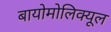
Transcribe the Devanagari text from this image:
बायोमोलिक्यूल